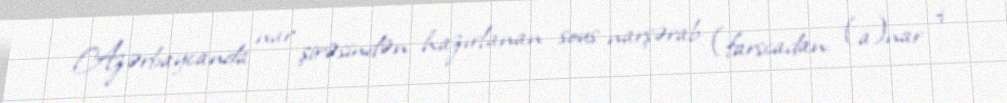
Azərbaycanda nar şirəsindən hazırlanan sous narşərab (farscadan: (a)nar +